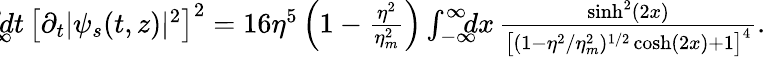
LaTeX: \begin{array}{rlr}&{}&{\! \! \! \! \! \! \! \! \! \! \! \! \! \! \! \! \! \! \! \! \int_{-\infty}^{\infty}\! \! \! \! dt\, \left[\partial_{t}|\psi_{s}(t,z)|^{2}\right]^{2}=16\eta^{5}\left(1-\frac{\eta^{2}}{\eta_{m}^{2}}\right)\int_{-\infty}^{\infty}\! \! \! \! dx\, \frac{\sinh^{2}(2x)}{\left[(1-\eta^{2}/\eta_{m}^{2})^{1/2}\cosh(2x)+1\right]^{4}}.}\end{array}